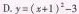
D.$$y = ( x + 1 )^{2} - 3$$